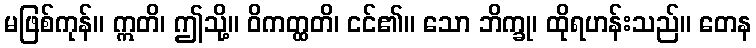
မဖြစ်ကုန်။ ဣတိ၊ ဤသို့။ ဝိကတ္ထတိ၊ ငင်၏။ သော ဘိက္ခု၊ ထိုရဟန်းသည်။ တေန